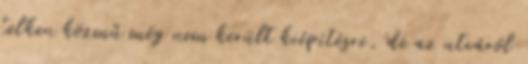
telken közmű még nem került kiépítésre, de az utcáról